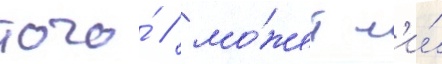
того́ / мо́жет л'и́